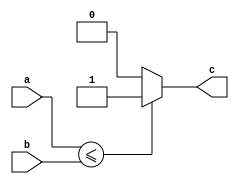
module mycomparator (input [7:0] a,b,output reg c);
  always @(a,b) begin
    if (a <= b) 
      c = 1;
    else
      c = 0;
    end
  endmodule